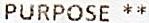
PURPOSE **